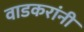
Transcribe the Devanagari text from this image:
वाडकरांनी